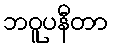
ဘဝူပနီတာ